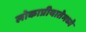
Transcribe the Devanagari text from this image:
लोकाप्रीयातेमध्ये